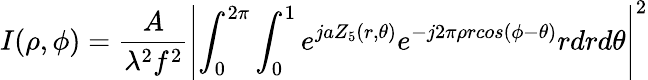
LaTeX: I(\rho,\phi)=\frac{A}{\lambda^{2}f^{2}}\left|\int_{0}^{2\pi}\int_{0}^{1}e^{jaZ_{5}(r,\theta)}e^{-j2\pi\rho rcos(\phi-\theta)}rdrd\theta\right|^{2}